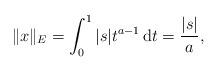
LaTeX: \begin{align*} \|x\|_E=\int_0^1|s|t^{a-1}\,\mathrm{d}t=\frac{|s|}{a},\end{align*}